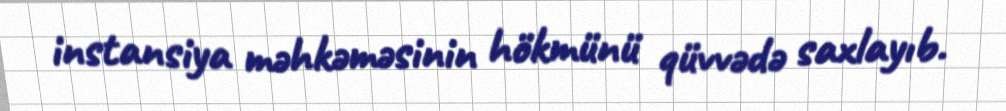
instansiya məhkəməsinin hökmünü qüvvədə saxlayıb.